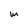
Character: m